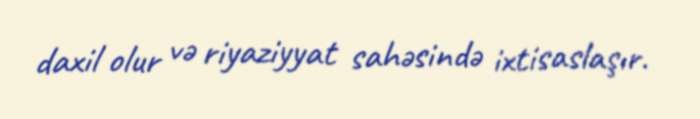
daxil olur və riyaziyyat sahəsində ixtisaslaşır.